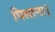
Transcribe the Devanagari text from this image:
पिलाना।